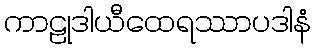
ကာဠုဒါယီထေရဿာပဒါနံ